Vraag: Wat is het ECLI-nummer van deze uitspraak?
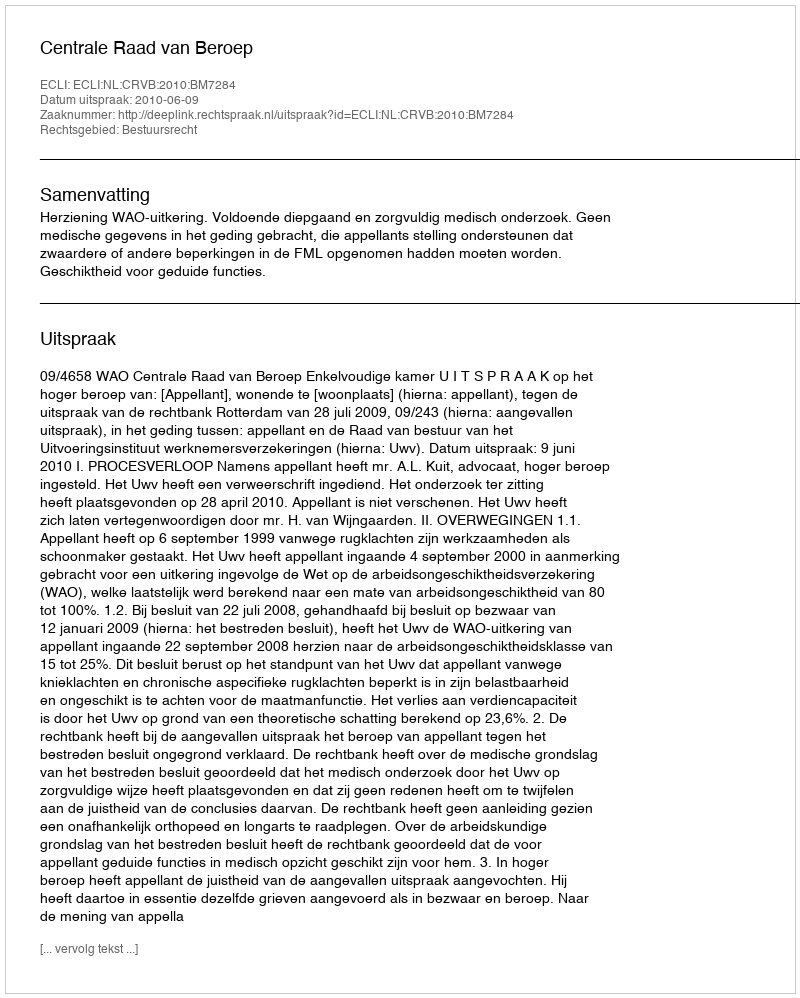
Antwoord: ECLI:NL:CRVB:2010:BM7284